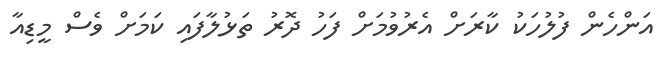
އަންހެން ފުލުހަކު ކާރަށް އެރުވުމަށް ފަހު ދޮރު ތަޅުލާފައި ކަމަށް ވެސް މީޑިއާ